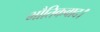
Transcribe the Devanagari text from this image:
भौतिकवाद।